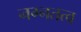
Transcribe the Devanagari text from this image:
नग्नतत्व